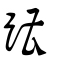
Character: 蹧